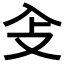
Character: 𠓠